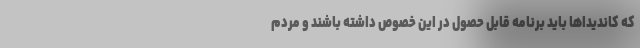
که کاندیداها باید برنامه قابل حصول در این خصوص داشته باشند و مردم